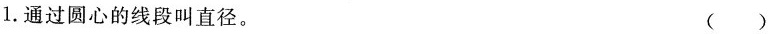
1.通过圆心的线段叫直径。 ()